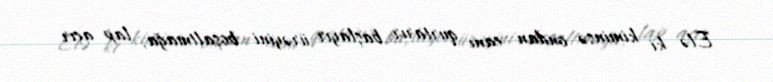
Elə ki kiminsə ondan canı qurtarır, başlayır ürəyini boşaltmağa, lap açır